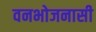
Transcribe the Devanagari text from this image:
वनभोजनासी